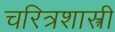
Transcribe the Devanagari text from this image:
चरित्रशास्त्री